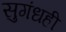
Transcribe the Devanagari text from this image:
सुगंधही